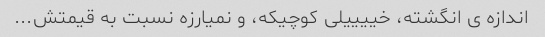
اندازه ی انگشته، خییییلی کوچیکه، و نمیارزه نسبت به قیمتش...